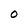
Character: O